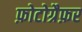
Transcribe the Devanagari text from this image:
फ़ोटोग्रैफ़र